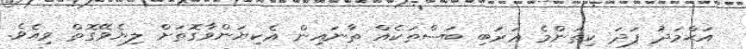
އަޙްމަދު ފަދަ ކިތަންމެ ޢަރަބި ބަސްތަކެއް ތާނައިން އެކިޔަންވާގޮތަށް ލިޔެވޭގޮތް ވިއެވެ.